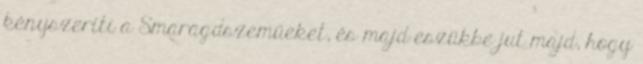
kényszeríti a Smaragdszeműeket, és majd eszükbe jut majd, hogy